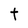
Character: t